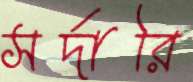
সর্দারি